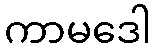
ကာမဒေါ